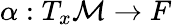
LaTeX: \alpha:T_{x}{\mathcal{M}}\rightarrow F